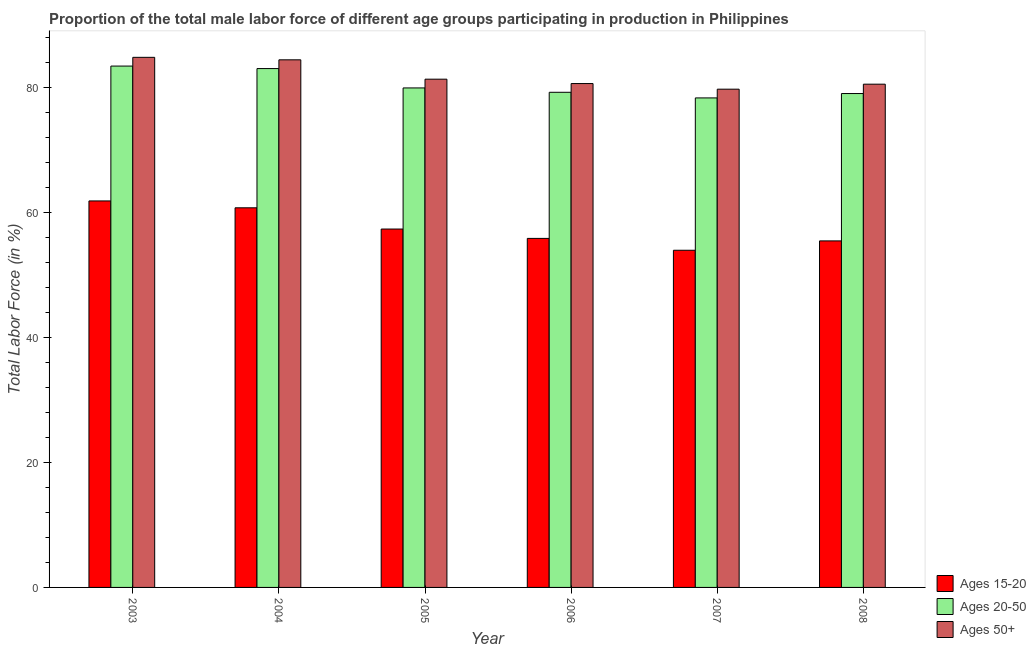
| Year | Ages 15-20 | Ages 20-50 | Ages 50+ |
 | --- | --- | --- | --- |
 | 2003 | 61.9 | 83.5 | 84.9 |
 | 2004 | 60.8 | 83.1 | 84.5 |
 | 2005 | 57.4 | 80 | 81.4 |
 | 2006 | 55.9 | 79.3 | 80.7 |
 | 2007 | 54 | 78.4 | 79.8 |
 | 2008 | 55.5 | 79.1 | 80.6 |